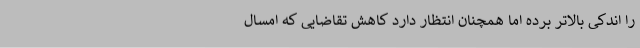
را اندکی بالاتر برده اما همچنان انتظار دارد کاهش تقاضایی که امسال